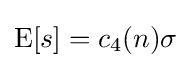
\operatorname {E} [s]=c_{4}(n)\sigma